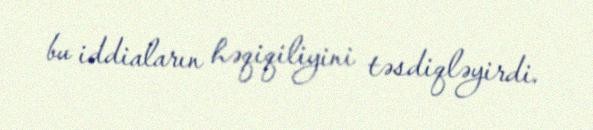
bu iddiaların həqiqiliyini təsdiqləyirdi.